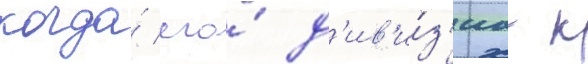
когда́ его́ д'ив'и́з'иа к